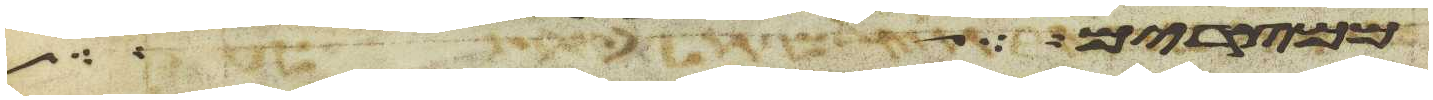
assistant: מפרי עץ הגן